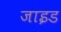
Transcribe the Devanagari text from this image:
जाइड